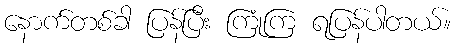
နောက်တစ်ခါ ပြန်ပြီး ကြုံကြ ရပြန်ပါတယ်။